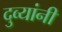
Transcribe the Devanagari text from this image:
दुव्यांनी